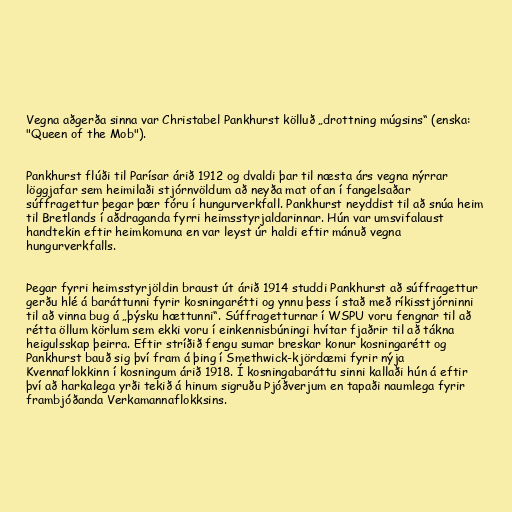
Vegna aðgerða sinna var Christabel Pankhurst kölluð „drottning múgsins“ (enska:
"Queen of the Mob").

Pankhurst flúði til Parísar árið 1912 og dvaldi þar til næsta árs vegna nýrrar
löggjafar sem heimilaði stjórnvöldum að neyða mat ofan í fangelsaðar
súffragettur þegar þær fóru í hungurverkfall. Pankhurst neyddist til að snúa heim
til Bretlands í aðdraganda fyrri heimsstyrjaldarinnar. Hún var umsvifalaust
handtekin eftir heimkomuna en var leyst úr haldi eftir mánuð vegna
hungurverkfalls.

Þegar fyrri heimsstyrjöldin braust út árið 1914 studdi Pankhurst að súffragettur
gerðu hlé á baráttunni fyrir kosningarétti og ynnu þess í stað með ríkisstjórninni
til að vinna bug á „þýsku hættunni“. Súffragetturnar í WSPU voru fengnar til að
rétta öllum körlum sem ekki voru í einkennisbúningi hvítar fjaðrir til að tákna
heigulsskap þeirra. Eftir stríðið fengu sumar breskar konur kosningarétt og
Pankhurst bauð sig því fram á þing í Smethwick-kjördæmi fyrir nýja
Kvennaflokkinn í kosningum árið 1918. Í kosningabaráttu sinni kallaði hún á eftir
því að harkalega yrði tekið á hinum sigruðu Þjóðverjum en tapaði naumlega fyrir
frambjóðanda Verkamannaflokksins.